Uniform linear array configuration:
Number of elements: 24
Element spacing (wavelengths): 0.75
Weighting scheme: blackman
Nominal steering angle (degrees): -15
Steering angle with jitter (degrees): -13.263
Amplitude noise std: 0.05
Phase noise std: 0.05

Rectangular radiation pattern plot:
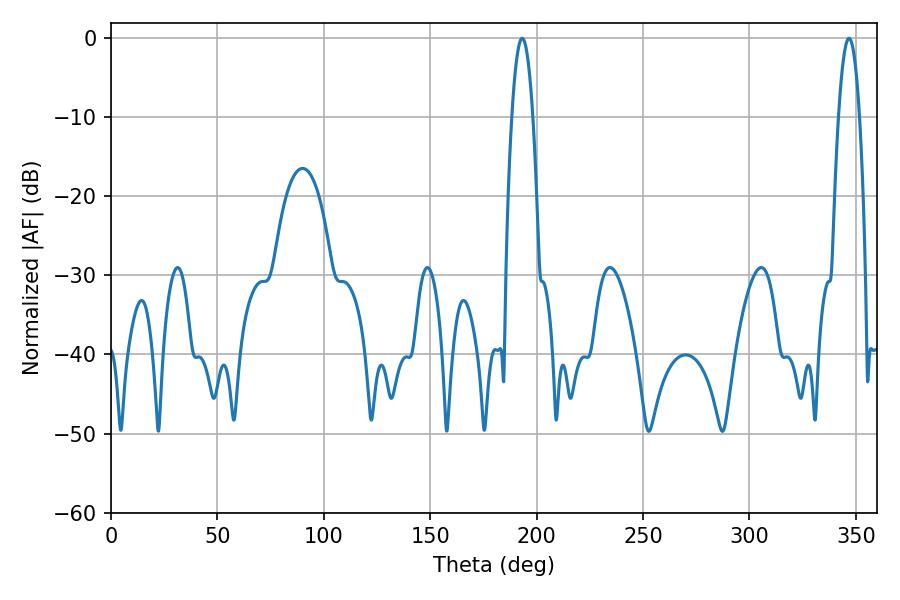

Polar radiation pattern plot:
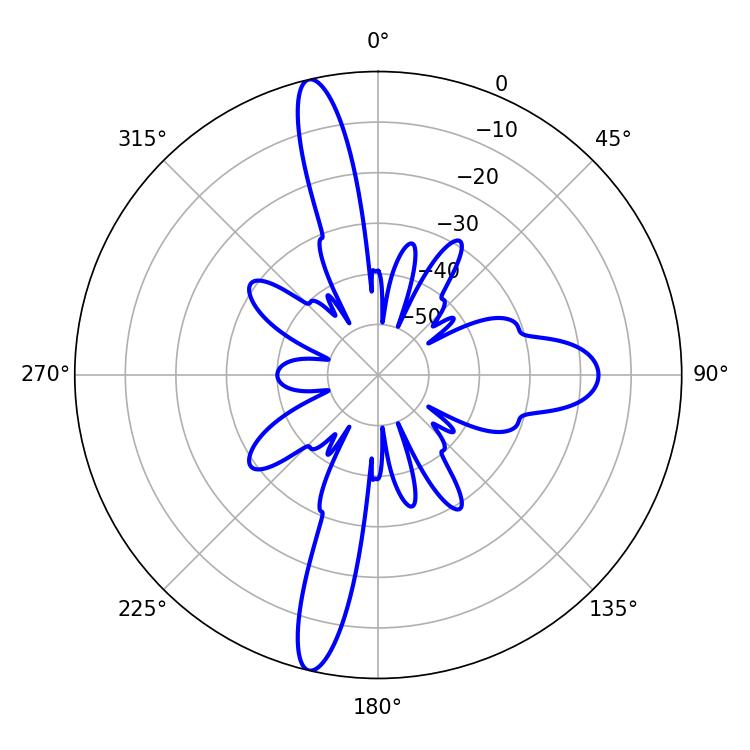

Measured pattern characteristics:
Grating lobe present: TRUE
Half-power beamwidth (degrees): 5.58
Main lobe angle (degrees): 193.14